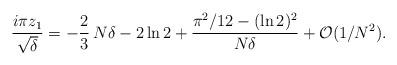
LaTeX: \begin{align*}{i\pi z_1\over\sqrt{\delta}} = -{2\over 3}\, N\delta - 2\ln 2+ {\pi^2/12 - (\ln 2)^2\over N\delta} + {\cal O}(1/N^2).\end{align*}